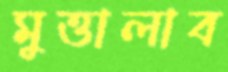
মুত্তালাব